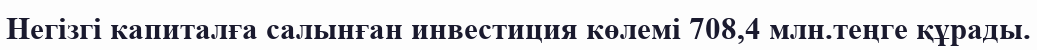
Негiзгi капиталға салынған инвестиция көлемi 708,4 млн.теңге құрады.